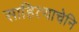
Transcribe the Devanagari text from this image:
साहित्याचेनि